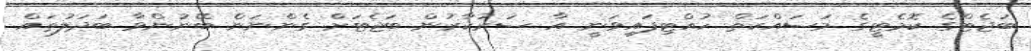
ބަޖެޓްގެ ކޮމެޓީގެ މަސައްކަތް ހުއްޓިފައިވަނީ އާ ސަރުކާރުން ބަޖެޓަށް ގެންނަން ބޭނުންވާ ބަދަލުތައް